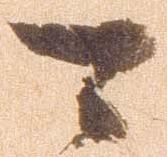
可